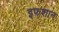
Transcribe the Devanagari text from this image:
इफशान